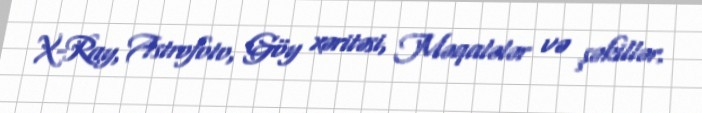
X-Ray, Astrofoto, Göy xəritəsi, Məqalələr və şəkillər.